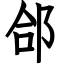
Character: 郃